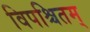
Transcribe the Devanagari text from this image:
विपश्चितम्